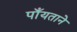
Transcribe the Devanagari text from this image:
पाँयताने